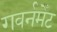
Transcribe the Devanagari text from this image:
गवर्नमेँट